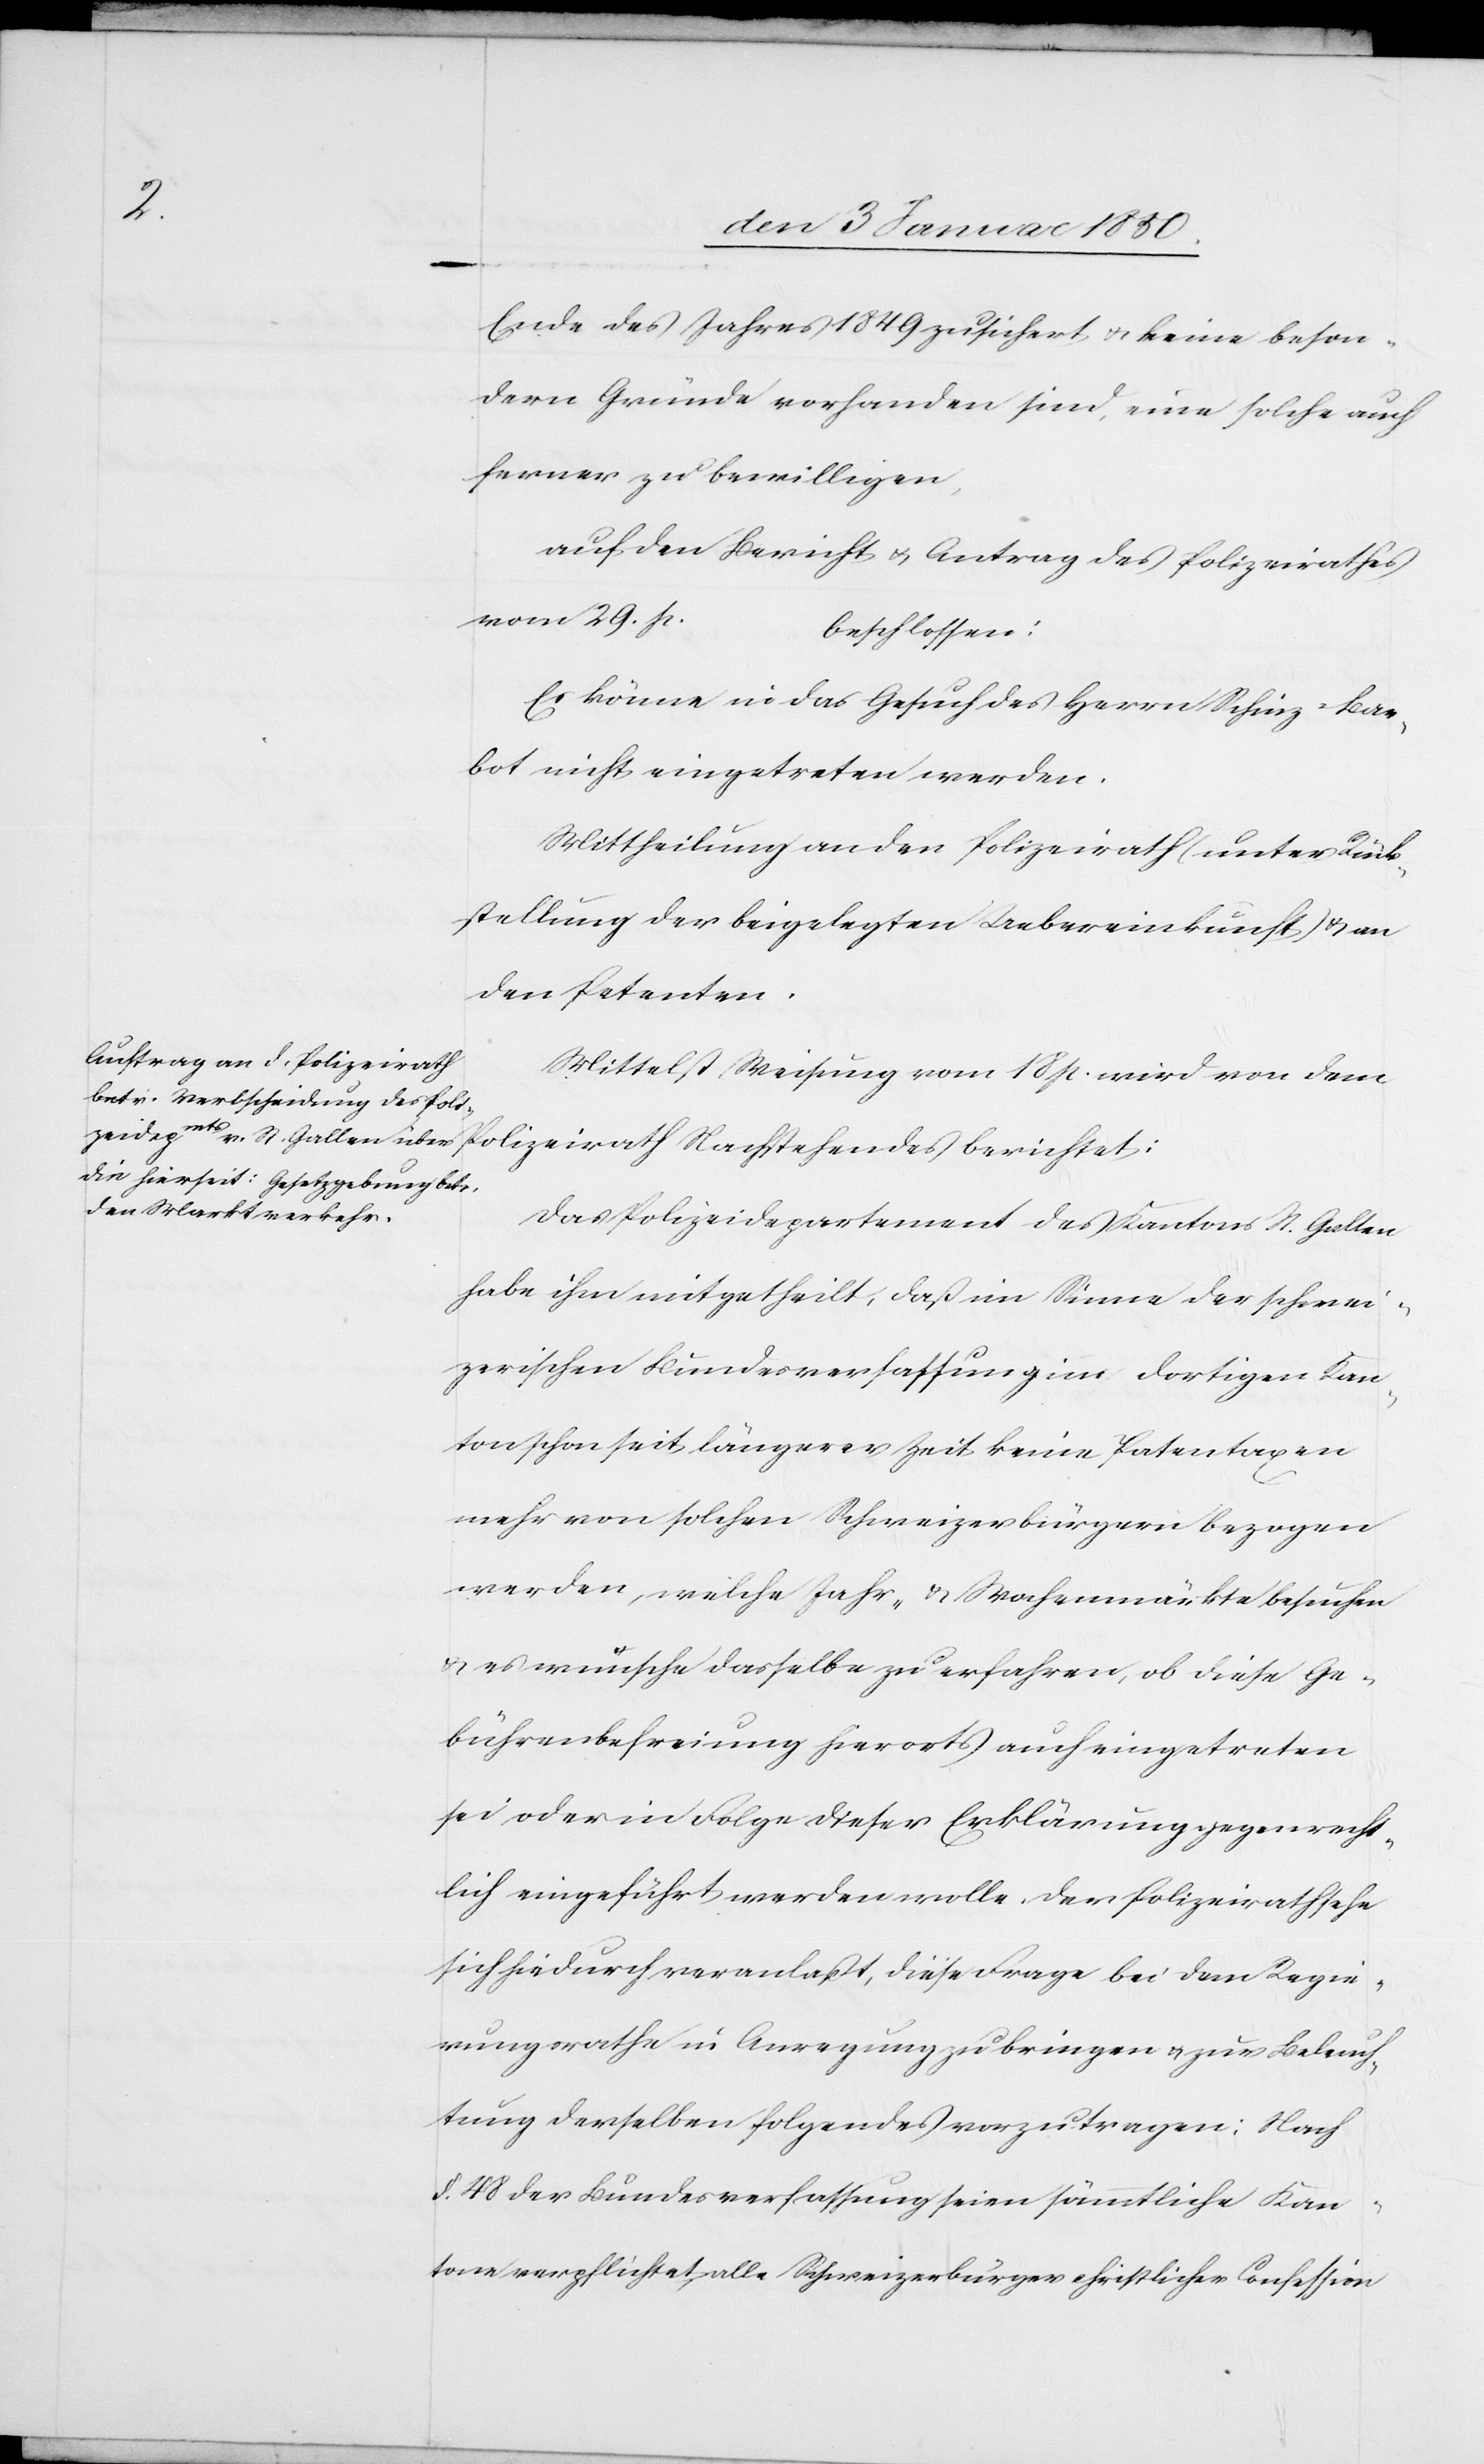
Ende des Jahres 1849 zusichert u. keine beson¬
dern Gründe vorhanden sind, eine solche auch
ferner zu bewilligen,
auf den Bericht u. Antrag des Polizeirathes
vom 29. p.
beschlossen:
Es könne in das Gesuch des Herrn Schinz-Bar¬
bot nicht eingetreten werden.
Mittheilung an den Polizeirath (unter Rück¬
stellung der beigelegten Uebereinkunft) & an
den Petenten.
Mittelst Weisung vom 18 p. wird von dem
Polizeirath Nachstehendes berichtet:
Das Polizeidepartement des Kantons St. Gallen
habe ihm mitgetheilt, daß im Sinne der schwei¬
zerischen Bundesverfassung im dortigen Kan¬
ton schon seit längerer Zeit keine Patentaxen
mehr von solchen Schweizerbürgern bezogen
werden, welche Jahr- u. Wochenmärkte besuchen
u. es wünsche dasselbe zu erfahren, ob diese Ge¬
bührenbefreiung hierorts auch eingetreten
sei oder in Folge dieser Erklärung gegenrecht¬
lich eingeführt werden wolle. Der Polizeirath sehe
sich hiedurch veranlasst, diese Frage bei dem Regie¬
rungsrathe in Anregung zu bringen u. zur Beleuch¬
tung derselben folgendes vorzutragen: Nach
§. 48 der Bundesverfassung seien sämmtliche Kan¬
tone verpflichtet, alle Schweizerbürger christlicher Confession